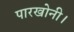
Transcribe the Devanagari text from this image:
पारखोनी।